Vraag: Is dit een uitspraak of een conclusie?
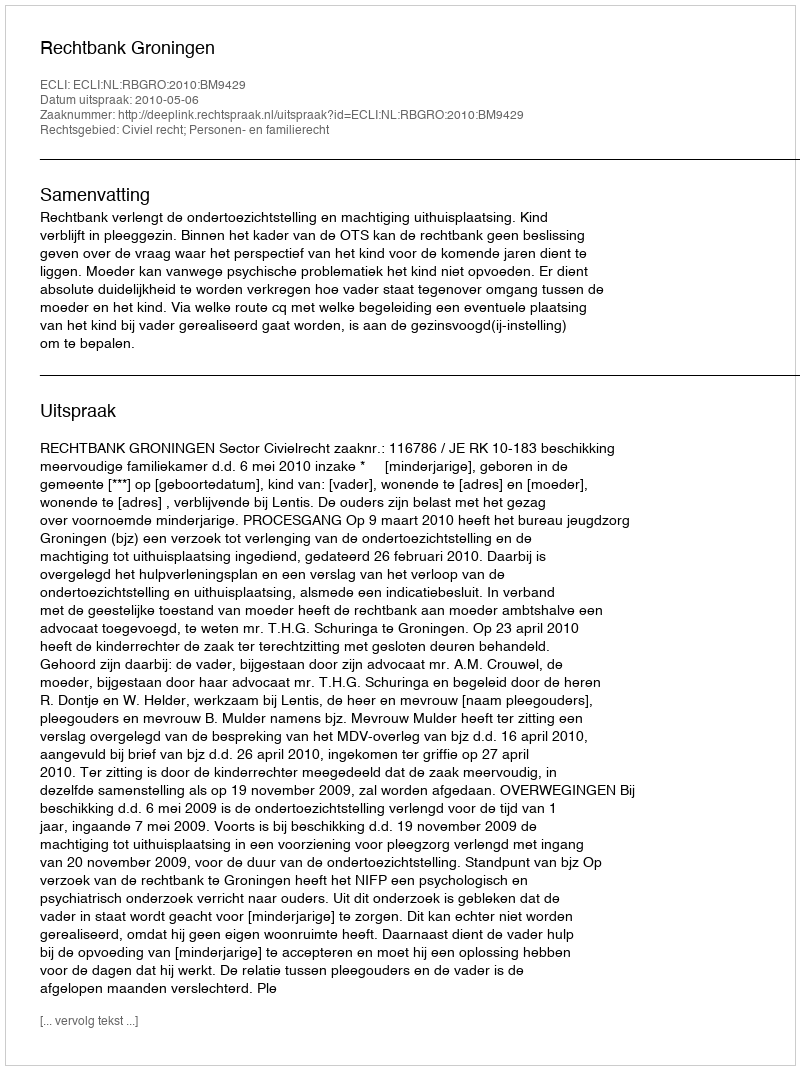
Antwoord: Uitspraak